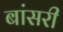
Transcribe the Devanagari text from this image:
बांसरी